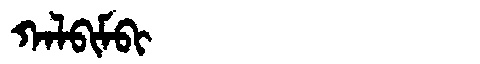
Manchu: ᡴᠠᠯᠪᡳᠮᠪᡳ
Romanization: KALBIMBI